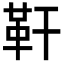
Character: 靬